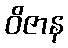
ဝိဇာန